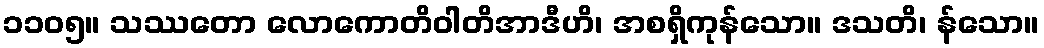
၁၁၀၅။ သဿတော လောကောတိဝါတိအာဒီဟိ၊ အစရှိကုန်သော။ ဒသတိ၊ န်သော။